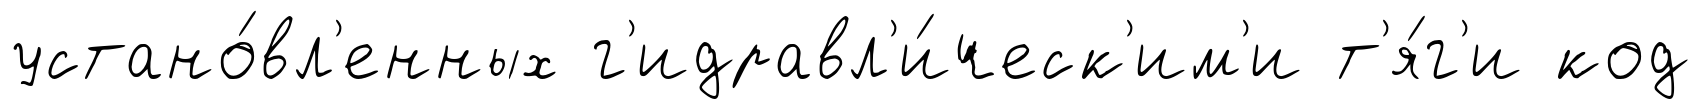
устано́вл'енных г'идравл'и́ческ'им'и т'я́г'и код